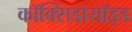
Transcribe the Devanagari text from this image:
कॉक्सिडायॉइड